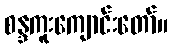
စန္ဒကူးကျောင်းတော်။